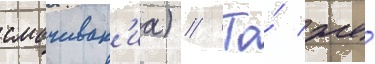
смачиван'иа) // То́ же́